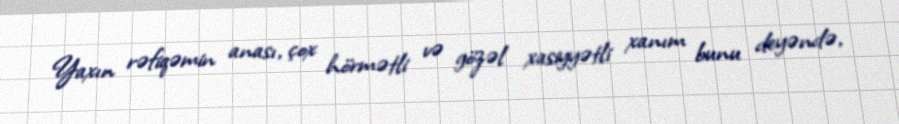
Yaxın rəfiqəmin anası, çox hörmətli və gözəl xasiyyətli xanım bunu deyəndə,